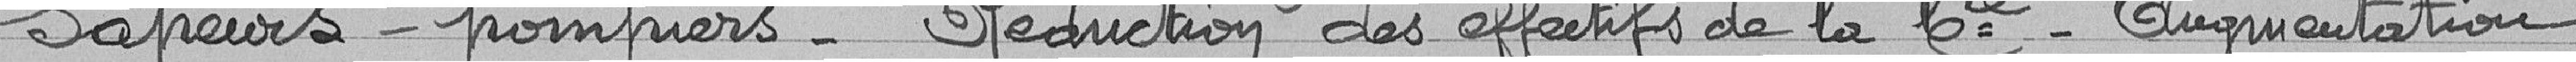
Sapeurs-pompiers - Réduction des effectifs de la Compagnie - Augmentation